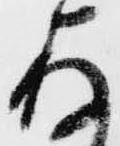
存